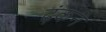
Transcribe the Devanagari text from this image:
ढ़ंकने